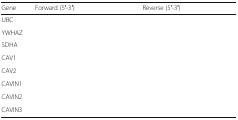
<table><thead><tr><td><b>Gene</b></td><td><b>Forward (5′-3′)</b></td><td><b>Reverse (5′-3′)</b></td></tr></thead><tbody><tr><td>UBC</td><td>[EMPTY_CELL]</td><td>[EMPTY_CELL]</td></tr><tr><td>YWHAZ</td><td>[EMPTY_CELL]</td><td>[EMPTY_CELL]</td></tr><tr><td>SDHA</td><td>[EMPTY_CELL]</td><td>[EMPTY_CELL]</td></tr><tr><td>CAV1</td><td>[EMPTY_CELL]</td><td>[EMPTY_CELL]</td></tr><tr><td>CAV2</td><td>[EMPTY_CELL]</td><td>[EMPTY_CELL]</td></tr><tr><td>CAVIN1</td><td>[EMPTY_CELL]</td><td>[EMPTY_CELL]</td></tr><tr><td>CAVIN2</td><td>[EMPTY_CELL]</td><td>[EMPTY_CELL]</td></tr><tr><td>CAVIN3</td><td>[EMPTY_CELL]</td><td>[EMPTY_CELL]</td></tr></tbody></table>